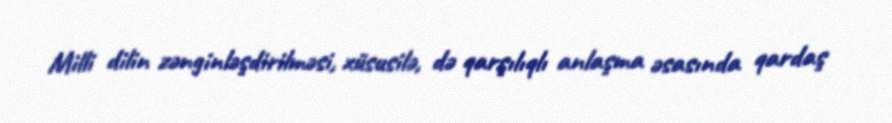
Milli dilin zənginləşdirilməsi, xüsusilə, də qarşılıqlı anlaşma əsasında qardaş